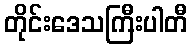
တိုင်းဒေသကြီးပါတီ